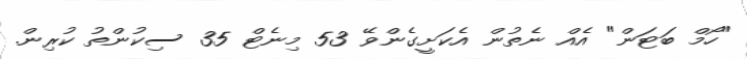
"ހޯމް ބަޓަން" އެއް ނެތުން އެކަށީގެންވޭ 53 މިނެޓް 35 ސިކުންތު ކުރިން.